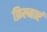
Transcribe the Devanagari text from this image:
फ़िल्माएं